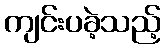
ကျင်းပခဲ့သည့်